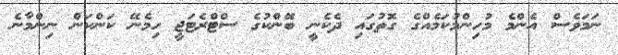
ނަމަވެސް އެންމެ މުހިންމުކަމެއްގެ ގޮތުގައި ދެކެނީ ބޭންކުގެ ސްޓްރެޓަޖީ ހިމެނޭ ކަންކަން ނިންމާނެ